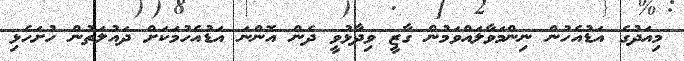
މިއަދުގެ އަޑުއެހުން ނިންމަވާލައްވަމުން ގާޒީ ވިދާޅުވީ ދެން އޮންނަ އަޑުއެހުމަކަށް ދައުލަތުން ހުށަހެޅި